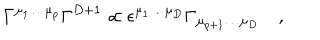
\Gamma ^ { \mu _ { 1 } \dots \mu _ { p } } \Gamma ^ { D + 1 } \propto \epsilon ^ { \mu _ { 1 } \dots \mu _ { D } } \Gamma _ { \mu _ { p + 1 } \dots \mu _ { D } } \quad ,